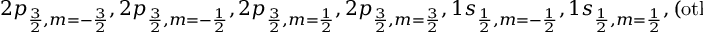
2 p _ { \frac { 3 } { 2 } , m = - \frac { 3 } { 2 } } , 2 p _ { \frac { 3 } { 2 } , m = - \frac { 1 } { 2 } } , 2 p _ { \frac { 3 } { 2 } , m = \frac { 1 } { 2 } } , 2 p _ { \frac { 3 } { 2 } , m = \frac { 3 } { 2 } } , 1 s _ { \frac { 1 } { 2 } , m = - \frac { 1 } { 2 } } , 1 s _ { \frac { 1 } { 2 } , m = \frac { 1 } { 2 } } , ( \mathrm { o t h e r } ) .